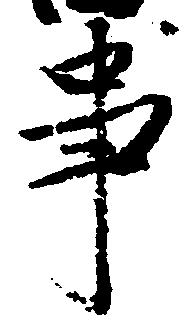
事